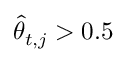
\widehat { \theta } _ { t , j } > 0 . 5